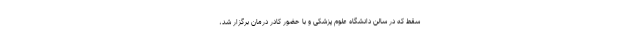
سقط که در سالن دانشگاه علوم پزشکی و با حضور کادر درمان برگزار شد،